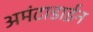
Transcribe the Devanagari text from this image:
अमंटाडाईन